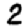
Digit: 2